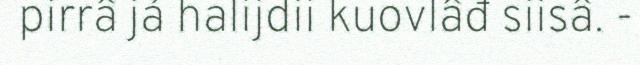
pirrâ já halijdii kuovlâđ siisâ. -